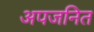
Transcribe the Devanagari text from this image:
अपजनित